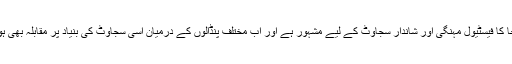
کولکتہ میں درگا پوجا کا فیسٹیول مہنگی اور شاندار سجاوٹ کے لیے مشہور ہے اور اب مختلف پنڈالوں کے درمیان اسی سجاوٹ کی بنیاد پر مقابلہ بھی ہونا شروع ہو گیا ہے۔